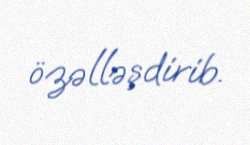
özəlləşdirib.